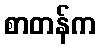
စာတန်က